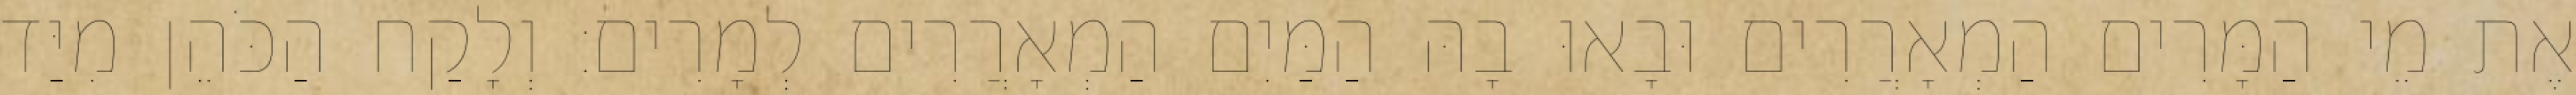
אֶת מֵי הַמָּרִים הַמְאָרֲרִים וּבָאוּ בָהּ הַמַּיִם הַמְאָרֲרִים לְמָרִים׃ וְלָקַח הַכֹּהֵן מִיַּד